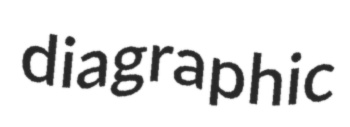
diagraphic